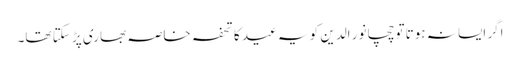
اگر ایسا نہ ہوتا تو چچا نور الدین کو یہ عید کا تحفہ خاصہ بھاری پڑ سکتا تھا۔